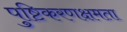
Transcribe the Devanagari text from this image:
पुष्टिकरणक्षमता